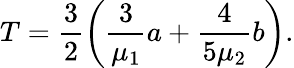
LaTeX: T=\frac{3}{2}\left(\frac{3}{\mu_{1}}a+\frac{4}{5\mu_{2}}b\right).